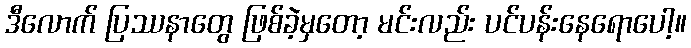
ဒီလောက် ပြဿနာတွေ ဖြစ်ခဲ့မှတော့ မင်းလည်း ပင်ပန်းနေရောပေါ့။